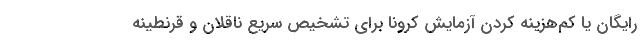
رایگان یا کم‌هزینه کردن آزمایش کرونا برای تشخیص سریع ناقلان و قرنطینه